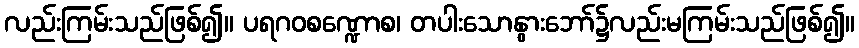
လည်းကြမ်းသည်ဖြစ်၍။ ပရဂဝစဏ္ဍောစ၊ တပါးသောနွားဘော်၌လည်းမကြမ်းသည်ဖြစ်၍။